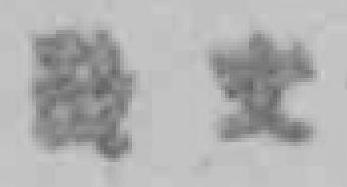
*文